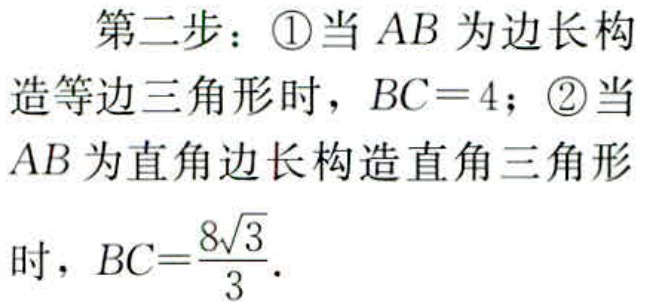
第二步：\textcircled{1}当 \(AB\) 为边长构造等边三角形时，\(BC = 4\)；\textcircled{2}当 \(AB\) 为直角边长构造直角三角形时，\(BC=\frac{8\sqrt{3}}{3}\).